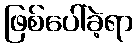
ဖြစ်ပေါ်ခဲ့ရာ